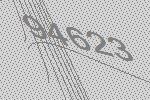
94623